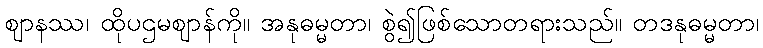
ဈာနဿ၊ ထိုပဌမဈာန်ကို။ အနုဓမ္မတာ၊ စွဲ၍ဖြစ်သောတရားသည်။ တဒနုဓမ္မတာ၊